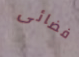
فضائى